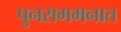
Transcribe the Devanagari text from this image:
पुनरागमनात